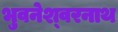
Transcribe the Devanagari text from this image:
भुवनेश्‍वरनाथ